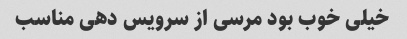
خیلی خوب بود مرسی از سرویس دهی مناسب